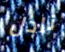
نادل